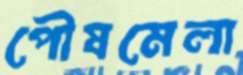
পৌষমেলা